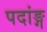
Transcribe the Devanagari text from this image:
पदांङ्ग